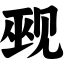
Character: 觋